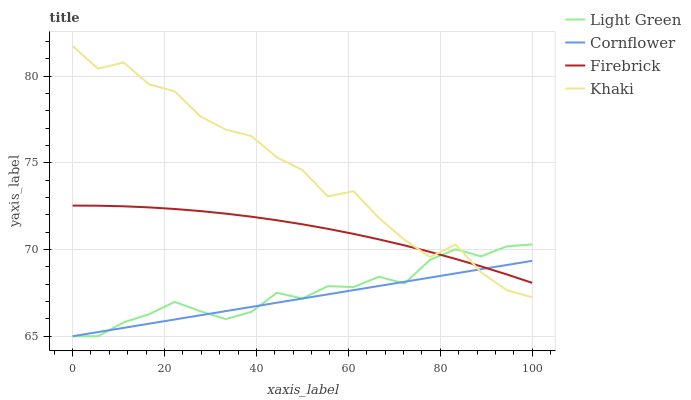
| xaxis_label | Light Green | Cornflower | Firebrick | Khaki |
 | --- | --- | --- | --- | --- |
 | 0 | 65 | 65 | 72.5 | 81.7 |
 | 5.56 | 65 | 65.2 | 72.5 | 80.4 |
 | 11.1 | 65.8 | 65.5 | 72.5 | 80.8 |
 | 16.7 | 66.3 | 65.7 | 72.4 | 79.5 |
 | 22.2 | 67 | 66 | 72.3 | 79.1 |
 | 27.8 | 66.4 | 66.2 | 72.2 | 77.7 |
 | 33.3 | 66 | 66.5 | 72.1 | 76.9 |
 | 38.9 | 66.4 | 66.7 | 71.9 | 76.6 |
 | 44.4 | 67.5 | 66.9 | 71.7 | 75.3 |
 | 50 | 67.2 | 67.2 | 71.5 | 74.6 |
 | 55.6 | 67.9 | 67.4 | 71.2 | 73.1 |
 | 61.1 | 67.8 | 67.7 | 70.9 | 73.4 |
 | 66.7 | 68.4 | 67.9 | 70.6 | 71.8 |
 | 72.2 | 68 | 68.1 | 70.2 | 70.6 |
 | 77.8 | 69.4 | 68.4 | 69.9 | 69.6 |
 | 83.3 | 70 | 68.6 | 69.5 | 70.3 |
 | 88.9 | 69.6 | 68.9 | 69 | 68.7 |
 | 94.4 | 70.2 | 69.1 | 68.6 | 67.7 |
 | 100 | 70.3 | 69.4 | 68.1 | 67.2 |